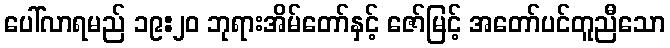
ပေါ်လာရမည် ၁၉:၂၀ ဘုရားအိမ်တော်နှင့် ဇော်မြင့် အတော်ပင်တူညီသော